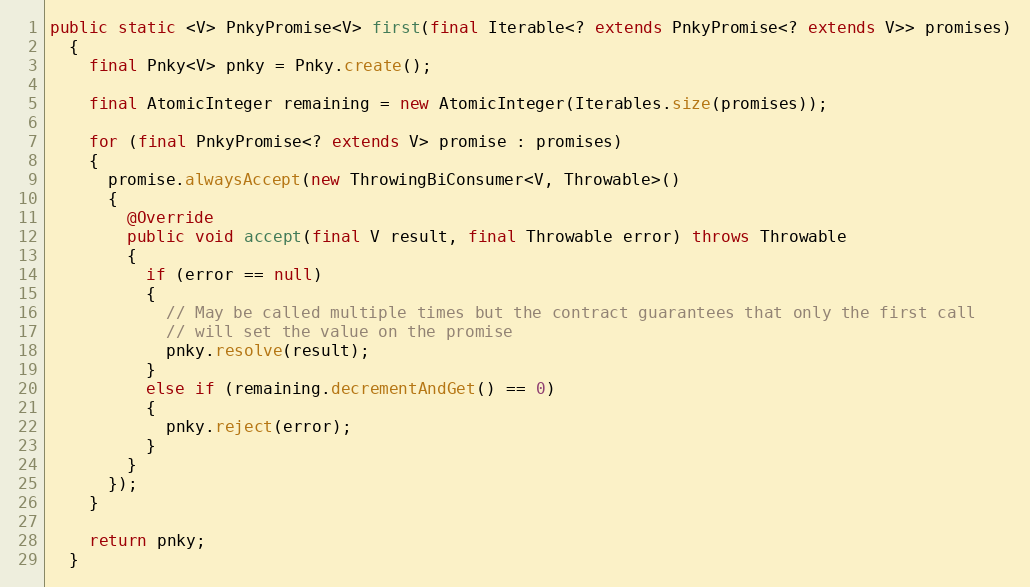
Language: Java
public static <V> PnkyPromise<V> first(final Iterable<? extends PnkyPromise<? extends V>> promises)
  {
    final Pnky<V> pnky = Pnky.create();

    final AtomicInteger remaining = new AtomicInteger(Iterables.size(promises));

    for (final PnkyPromise<? extends V> promise : promises)
    {
      promise.alwaysAccept(new ThrowingBiConsumer<V, Throwable>()
      {
        @Override
        public void accept(final V result, final Throwable error) throws Throwable
        {
          if (error == null)
          {
            // May be called multiple times but the contract guarantees that only the first call
            // will set the value on the promise
            pnky.resolve(result);
          }
          else if (remaining.decrementAndGet() == 0)
          {
            pnky.reject(error);
          }
        }
      });
    }

    return pnky;
  }